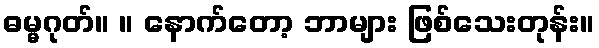
ဓမ္မဂုတ်။ ။ နောက်တော့ ဘာများ ဖြစ်သေးတုန်း။